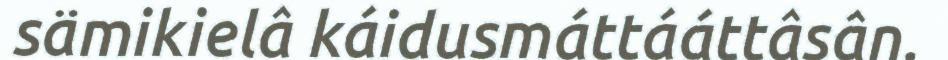
sämikielâ káidusmáttááttâsân.